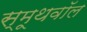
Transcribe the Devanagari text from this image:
स्मूथवॉल